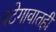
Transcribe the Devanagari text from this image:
वटेगावातही